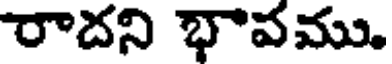
రాదని భావము.